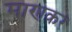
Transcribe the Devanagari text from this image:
माणकर